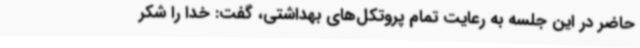
حاضر در این جلسه به رعایت تمام پروتکل‌های بهداشتی، گفت: خدا را شکر